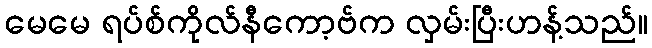
မေမေ ရပ်စ်ကိုလ်နီကော့ဗ်က လှမ်းပြီးဟန့်သည်။